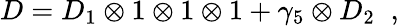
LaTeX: D=D_{1}\otimes 1\otimes 1\otimes 1+\gamma_{5}\otimes D_{2}\; \; ,